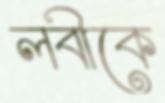
লবীকে